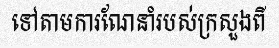
ទៅតាមការណែនាំរបស់ក្រសួងពី